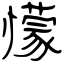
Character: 懞